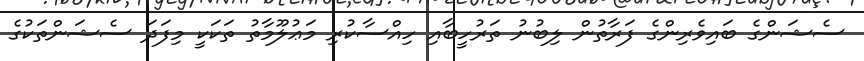
ސެޝަންގެ ބައިވެރިންގެ ފަރާތުން ލިބުުނު ތަރުހީބާއި ހިއްސާކުރި މަޢުލޫމާތު ތަކަކީ މިފަދަ ސެޝަންތަކުގެ